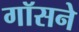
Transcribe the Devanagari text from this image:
गॉसने